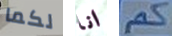
لكما انا كم